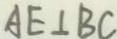
A E \bot B C